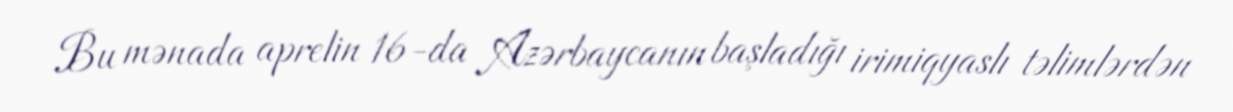
Bu mənada aprelin 16-da Azərbaycanın başladığı irimiqyaslı təlimlərdən